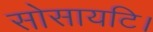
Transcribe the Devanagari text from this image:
सोसायटि।